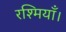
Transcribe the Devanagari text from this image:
रश्मियाँ।